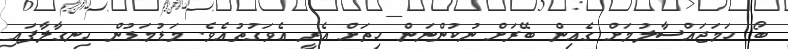
ބޯ ހަމަޖައްސާލުމަށް ގެއިން ބޭރަށް ނުކުންނަން ހިތަށް އެރީ އެވަގުތުއެވެ. މަޑުމަޑުން ހިނގާލާފައި